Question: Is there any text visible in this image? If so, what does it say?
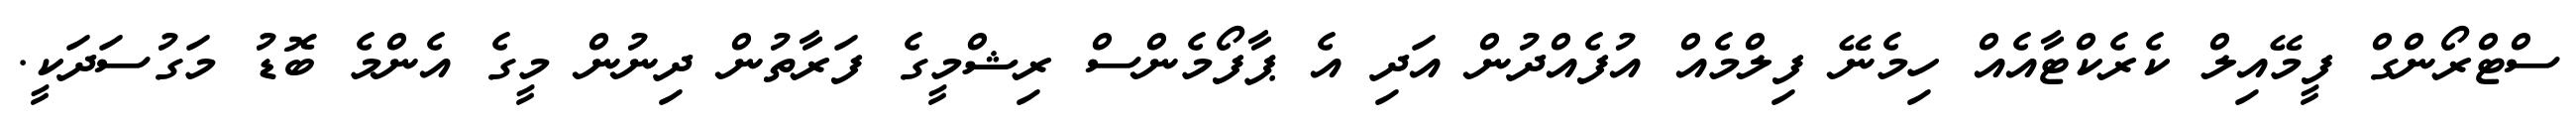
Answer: ސްޓްރޯންގް ފީމޭއިލް ކެރެކްޓާއެއް ހިމެނޭ ފިލްމެއް އުފެއްދުން އަދި އެ ޕާފޯމެންސް ރިޝްމީގެ ފަރާތުން ދިނުން މީގެ އެންމެ ބޮޑު މަގުސަދަކީ.